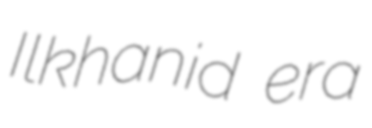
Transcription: Ilkhanid era